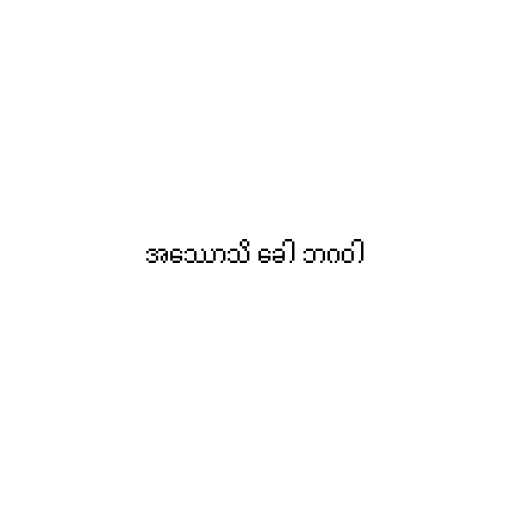
အဿောသိ ခေါ ဘဂဝါ